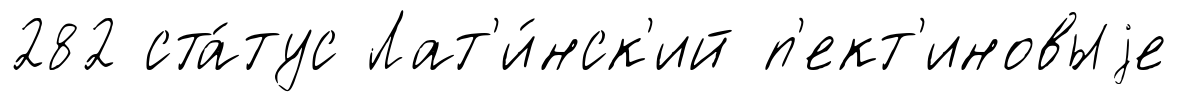
282 ста́тус Лат'и́нск'ий п'ект'иновыjе